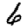
Digit: 6